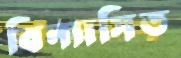
বিন্যাসিত